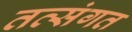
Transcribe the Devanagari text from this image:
तत्संगत